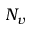
N _ { v }